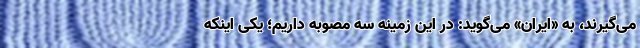
می‌گیرند، به «ایران» می‌گوید: در این زمینه سه مصوبه داریم؛ یکی اینکه